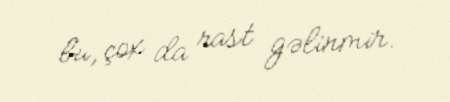
bu, çox da rast gəlinmir.